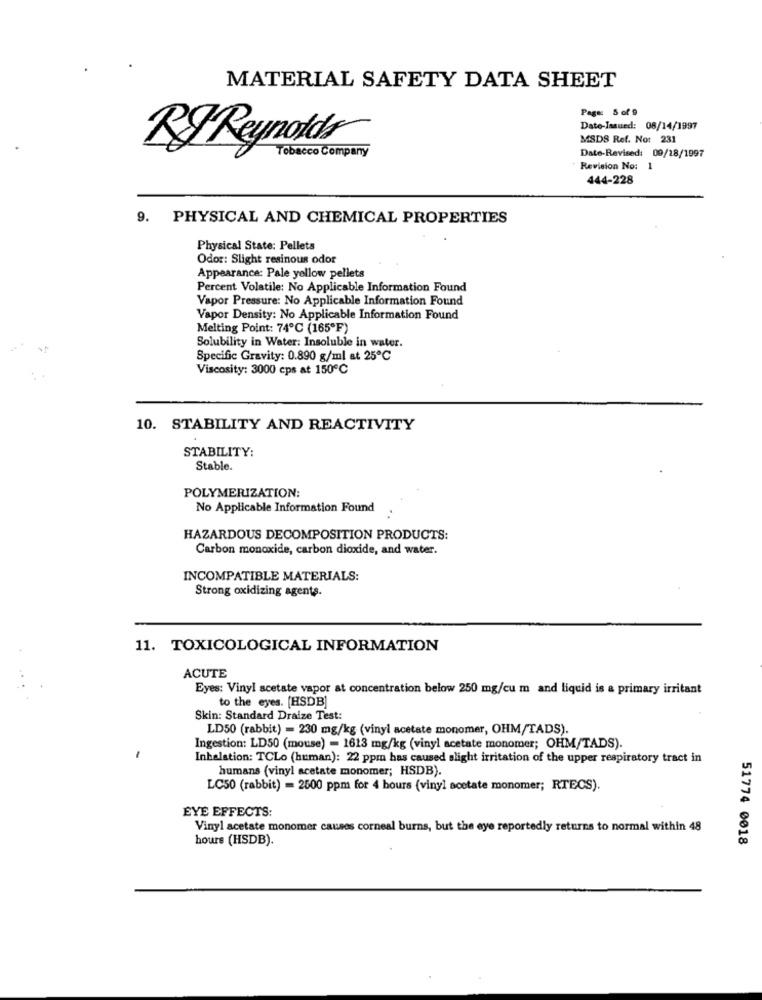
MATERIAL SAFETY DATA SHEET
Page: 5 of 9
Date-Issued: 08/14/1997
MSDS Ref. No: 231
Tobacco Company
Date-Revised: 09/18/1997
Revision No:
-
444-228
9. PHYSICAL AND CHEMICAL PROPERTIES
Physical State: Pellets
Odor: Slight resinous odor
Appearance: Pale yellow pellets
Percent Volatile: No Applicable Information Found
Vapor Pressure: No Applicable Information Found
Vapor Density: No Applicable Information Found
Melting Point: 74℃ (165ºF)
Solubility in Water: Insoluble in water.
Specific Gravity: 0.890 g/ml at 25℃
Viscosity: 3000 cps at 150℃
10. STABILITY AND REACTIVITY
STABILITY:
Stable.
POLYMERIZATION:
No Applicable Information Found
HAZARDOUS DECOMPOSITION PRODUCTS:
Carbon monoxide, carbon dioxide, and water.
INCOMPATIBLE MATERIALS:
Strong oxidizing agents.
11. TOXICOLOGICAL INFORMATION
ACUTE
Eyes: Vinyl acetate vapor at concentration below 250 mg/cu m and liquid is a primary irritant
to the eyes. [HSDB]
Skin: Standard Draize Test:
LD50 (rabbit) = 230 mg/kg (vinyl acetate monomer, OHM/TADS).
Ingestion: LD50 (mouse) - 1613 mg/kg (vinyl acetate monomer; OHM/TADS).
1
Inhalation: TCLo (human): 22 ppm has caused slight irritation of the upper respiratory tract in
humans (vinyl acetate monomer; HSDB).
LC50 (rabbit) = 2500 ppm for 4 hours (vinyl acetate monomer; RTECS).
EYE EFFECTS:
Vinyl acetate monomer causes corneal burns, but the eye reportedly returns to normal within 48
hours (HSDB).
51774 0018